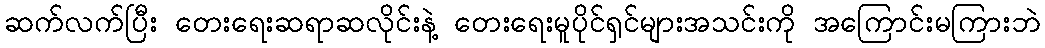
ဆက်လက်ပြီး တေးရေးဆရာဆလိုင်းနဲ့ တေးရေးမူပိုင်ရှင်များအသင်းကို အကြောင်းမကြားဘဲ